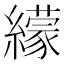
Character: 𦆟